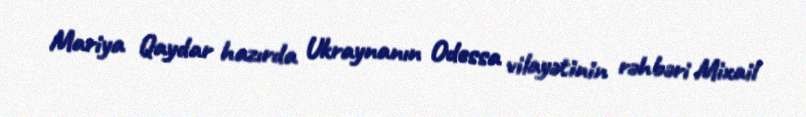
Mariya Qaydar hazırda Ukraynanın Odessa vilayətinin rəhbəri Mixail